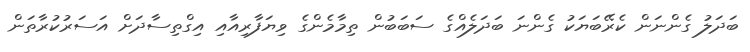
ބަދަލު ގެންނަން ކެރޭބަޔަކު ގެންނަ ބަދަލެއްގެ ސަބަބުން ތިމާމެންގެ ވިޔަފާރިއާއި އިގްތިސާދަށް އަސަރުކުރާތަން